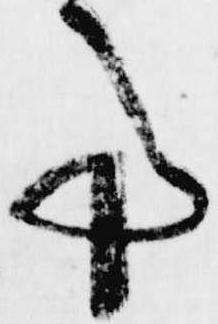
事